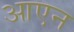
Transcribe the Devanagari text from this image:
आएन